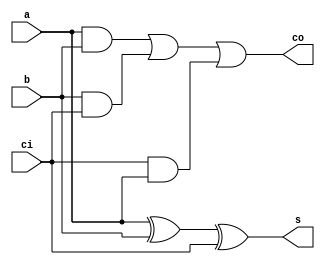
/************************************************
  The Verilog HDL code example is from the book
  Computer Principles and Design in Verilog HDL
  by Yamin Li, published by A JOHN WILEY & SONS
************************************************/
module csa (a, b, ci, s, co);                     // carry save adder (csa)
    input  a, b, ci;                              // inputs:  a, b, carry_in
    output s, co;                                 // outputs: sum, carry_out
    assign s  = a ^ b ^ ci;                       // sum of inputs
    assign co = a & b | b & ci | ci & a;          // carry_out
endmodule